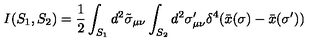
I ( S _ { 1 } , S _ { 2 } ) = \frac { 1 } { 2 } \int _ { S _ { 1 } } d ^ { 2 } \tilde { \sigma } _ { \mu \nu } \int _ { S _ { 2 } } d ^ { 2 } \sigma _ { \mu \nu } ^ { \prime } \delta ^ { 4 } ( \bar { x } ( \sigma ) - \bar { x } ( \sigma ^ { \prime } ) )